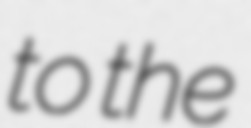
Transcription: to the